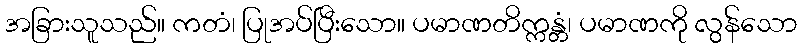
အခြားသူသည်။ ကတံ၊ ပြုအပ်ပြီးသော။ ပမာဏတိက္ကန္တံ၊ ပမာဏကို လွန်သော